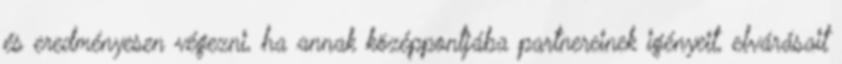
és eredményesen végezni, ha annak középpontjába partnereinek igényeit, elvárásait